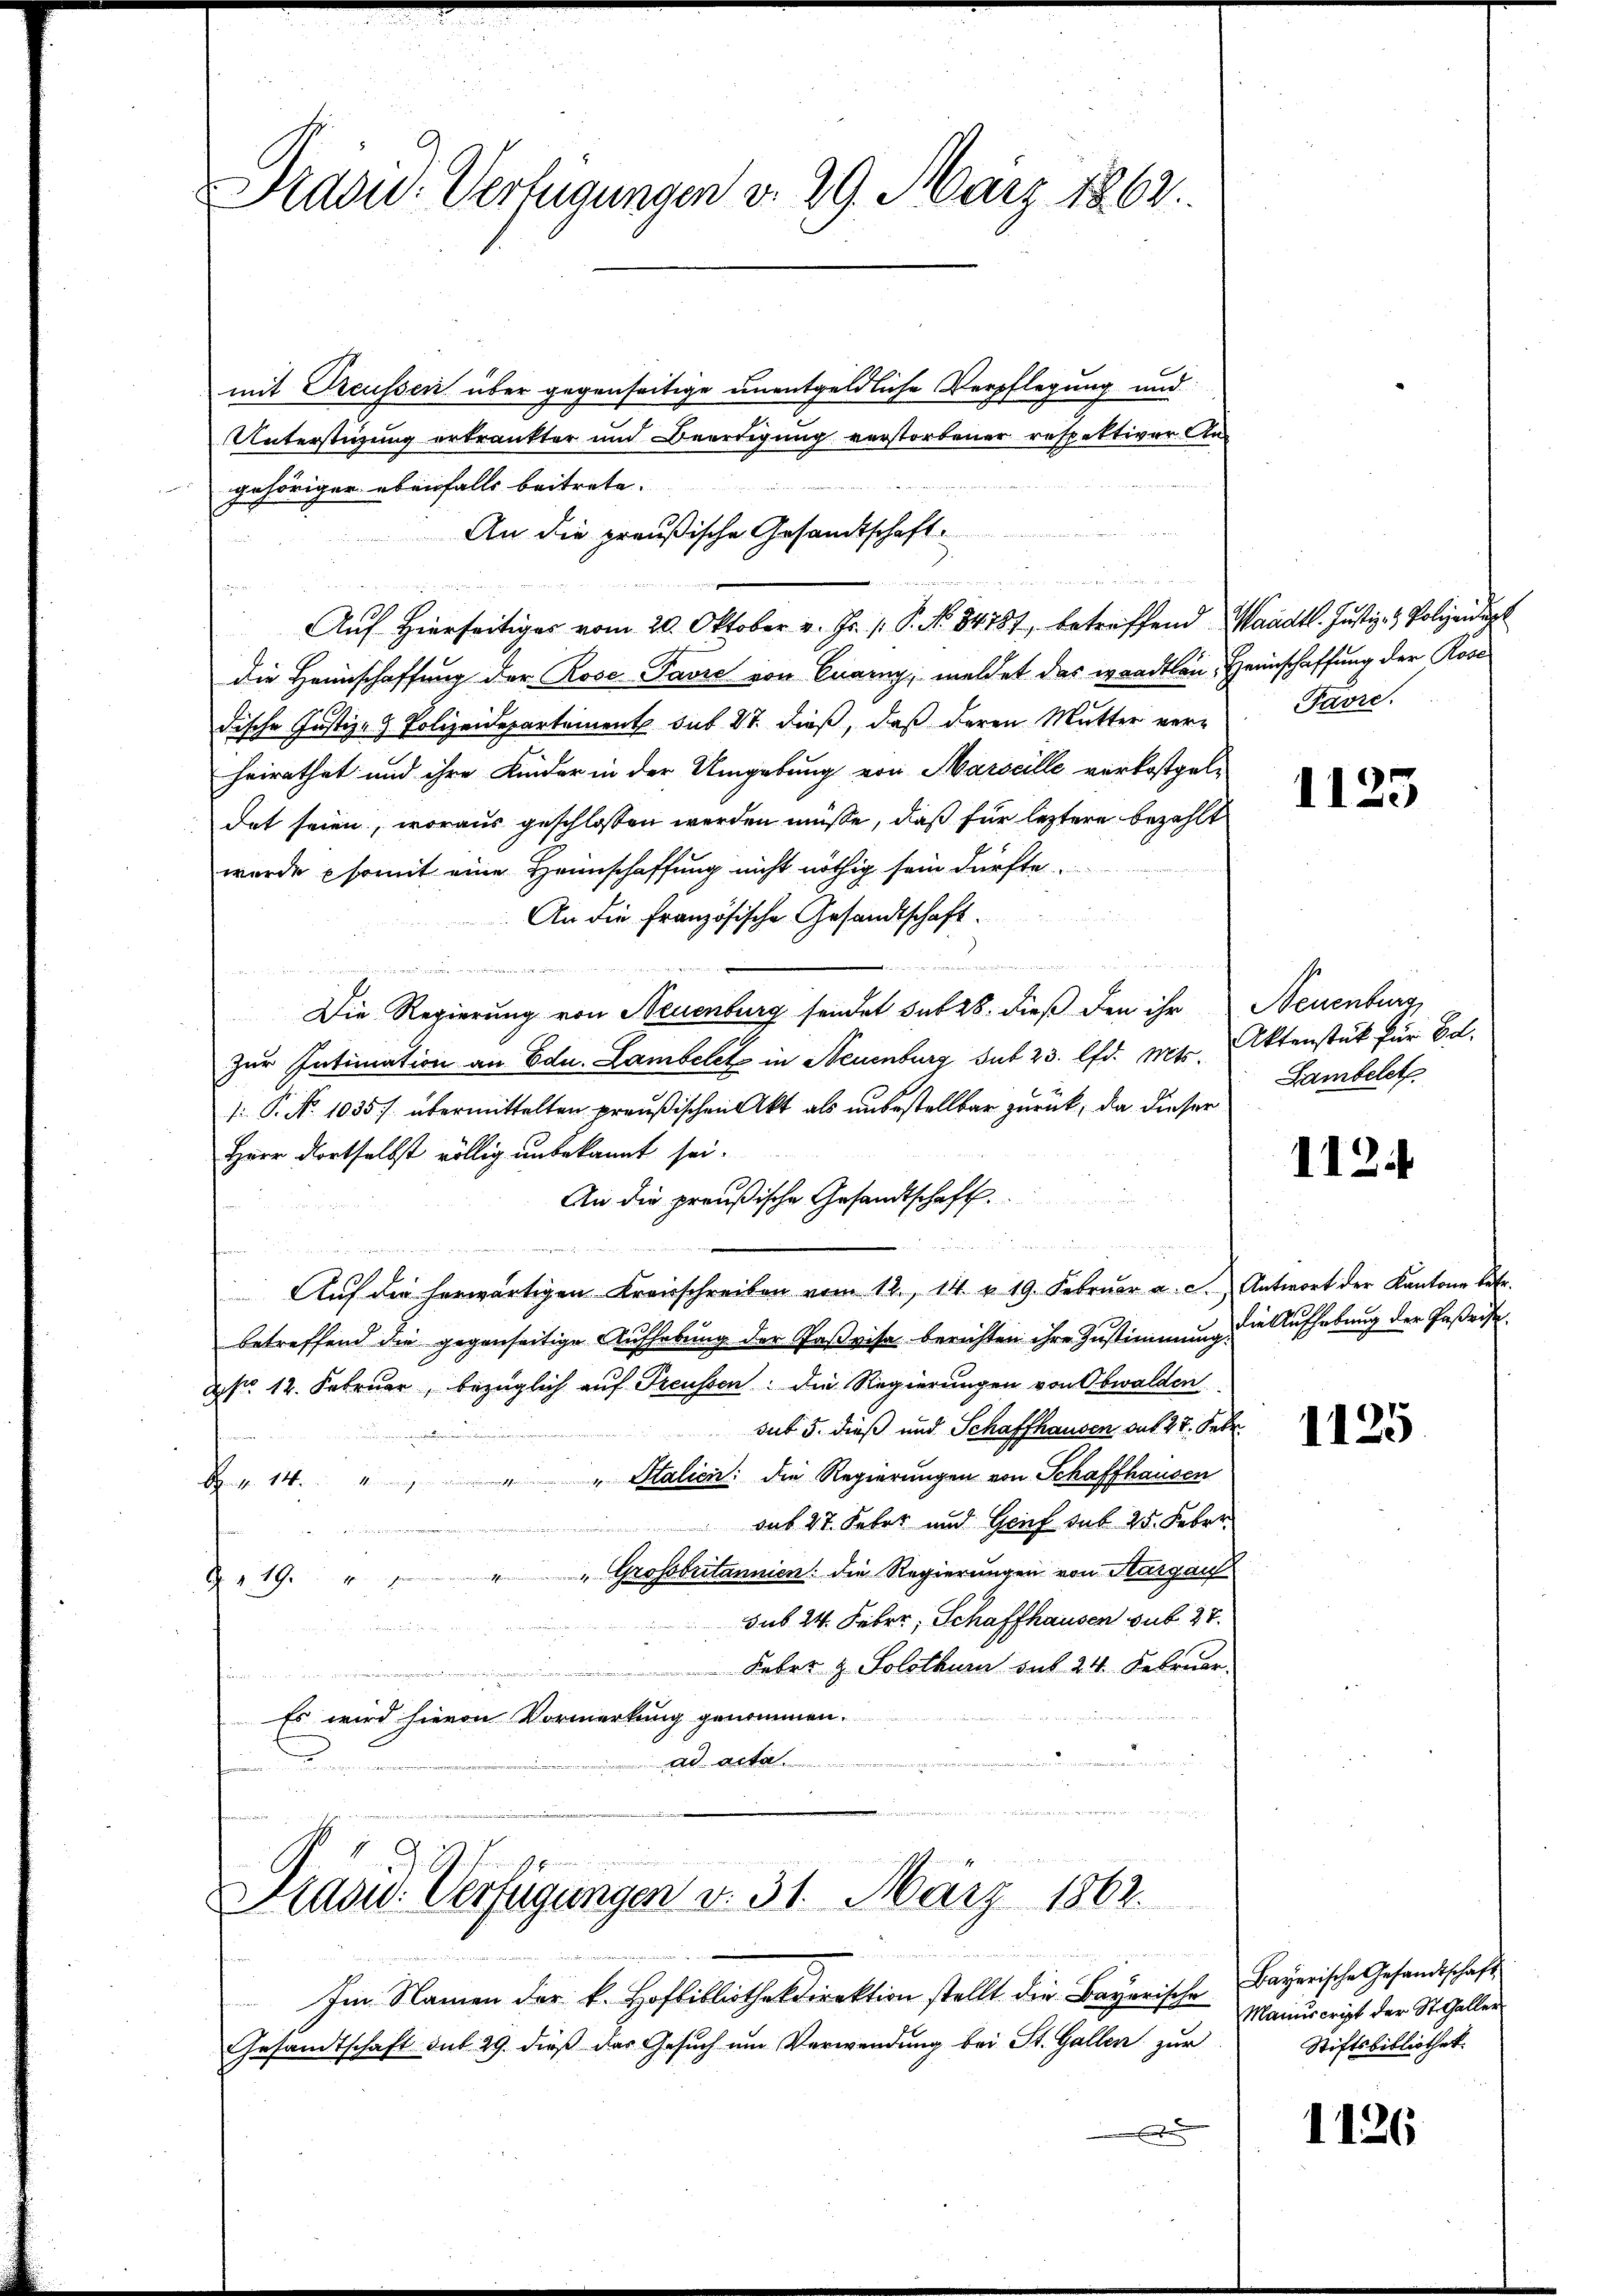
Präsid. Verfügungen v. 29. März 1863.

mit Preussen über gegenseitige unentgeldliche Verpflegung und
Unterstigung ertränkter und Beertigung verstorbener respektiver Angehöriger ebenfalls beitrete.
An die preußische Gesandtschaft.
die Heimschaffung der Rose-Pavre von Quarny, meldet das waadtlen, Heimschaffung der Rose
dische Justiz- & Polizeidepartement sub 27. dieß, daß deren Mutter ver-
heirathet und ihre Kinder in der Umgebung von Marseille verkostgeldet seien, woraus geschlossen werden müsse, daß für leztere bezahlt
wurde somit eine Heimschaffung nicht nöthig sein dürfte.
An die Französische Gesandtschaft.
e u ei
Die Regierung von Neuenburg sendet sub 28. dieß den ihr Neuenburg,
Zur Intimation an Edu. Lambelet in Neuenburg sub 23. lfd. Mts.
s: P. N. 1035 / übermittelten preußischen Akt als unbestellbar zurück, da dieser
Herr dortselbst völlig unbekannt sei.
An die preußische Gesandtschaft
.
 Per
Aŭf die herwärtigen Kreisschreiben vom 12. 14. v. 19. Febrŭar a. c. Antwort der Kantone betr.
betreffend die gegenseitige Aufhebung der Paßvisa berichten ihre Zustimmung die Aufhebung der Faßrist
2 No 12. Februar, bezüglich auf Treussen: die Regierungen von Obwalden
sut 5. dieß und Schaffhausen, auf 27. Febr.
" Italien: die Regierungen von Schaffhausen
H. 14. Jun.
 sub 27. Feber und Genf sub. 25. Febr.

& 19. " " " " Grossbritannien. Die Regierungen von Aargaufsub 24. Feber, Schaffhausen sub. 27.

 Feber z. Solothur sub 24. Februar.
n
Es wird hievon Vormerkung genommen.
ad acta.
u
2
a

.
n
Auf Hierseitiger vom 20. Oktober v. Fr. 1. P. No. 84787, betreffend Waadt. Justiz- & Polizeidigt

Präsid. Verfügungen v. 31. März 1862.
Im Namen der k. Hofbibliothekdirektion stellt die Bayerische
Gesandtschaft sub 29. dieß das Gesŭch ŭm Verwendung bei St. Gallen zur

Favre.

x

1125

Aktenstück für Bd.
Sambelet

1124

1125

Bayerische Gesandtschaft
Manuscript der St. Galler
Stiftsbibliothek.

1126